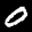
Label: 0